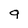
Character: 9